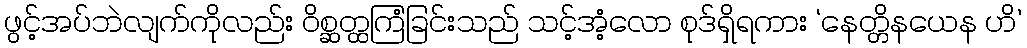
ဖွင့်အပ်ဘဲလျက်ကိုလည်း ဝိစ္ဆတ္ထကြံခြင်းသည် သင့်အံ့လော စုဒ်ရှိရကား ‘နေတ္တိနယေန ဟိ’